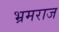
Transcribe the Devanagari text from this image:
भ्रमराज